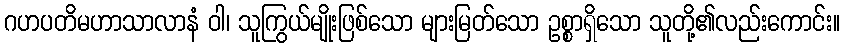
ဂဟပတိမဟာသာလာနံ ဝါ၊ သူကြွယ်မျိုးဖြစ်သော များမြတ်သော ဥစ္စာရှိသော သူတို့၏လည်းကောင်း။